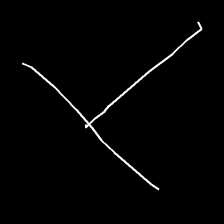
Glyph: column